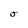
Character: O